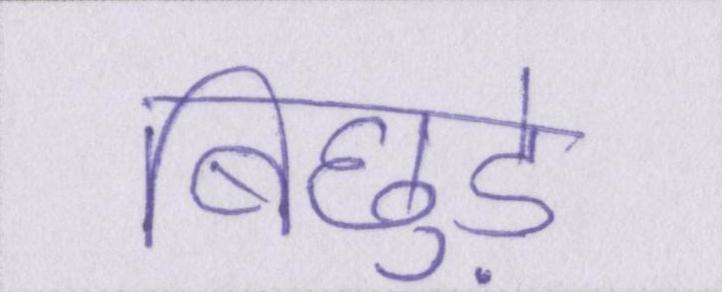
बिछुड़े